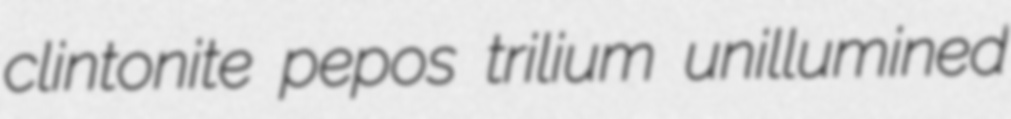
clintonite pepos trilium unillumined